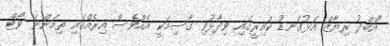
"އަބްދު ރިޔާޒް އަޅުގަނޑު ކައިރީގައި ވިދާޅުވި ގާސިމަކީ އެއްވެސް އިރެއްގައި ތިމަންނަ ވޯޓް